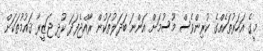
މީގެ އަހަރުތަކެއްގެ ކުރިންވެސް މޫސުމަށް އަންނަ ބަދަލުތަކުން ރާއްޖެފަދަ ކުދި ޖަޒީރާ ޤައުމުތަކަށް